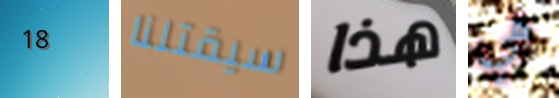
18 سيقتلنا هذا هي